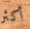
أكثر